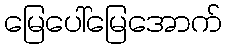
မြေပေါ်မြေအောက်